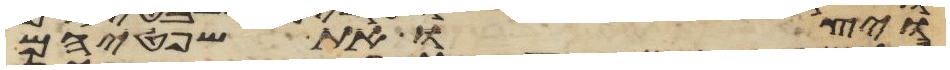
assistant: ויצו את שפטיהם